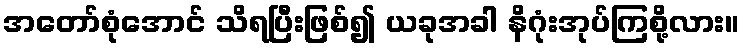
အတော်စုံအောင် သိရပြီးဖြစ်၍ ယခုအခါ နိဂုံးအုပ်ကြစို့လား။